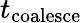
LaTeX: t_{\mathrm{coalesce}}